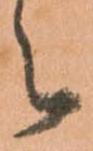
之